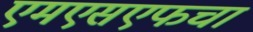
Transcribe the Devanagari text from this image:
एमएसएफचा